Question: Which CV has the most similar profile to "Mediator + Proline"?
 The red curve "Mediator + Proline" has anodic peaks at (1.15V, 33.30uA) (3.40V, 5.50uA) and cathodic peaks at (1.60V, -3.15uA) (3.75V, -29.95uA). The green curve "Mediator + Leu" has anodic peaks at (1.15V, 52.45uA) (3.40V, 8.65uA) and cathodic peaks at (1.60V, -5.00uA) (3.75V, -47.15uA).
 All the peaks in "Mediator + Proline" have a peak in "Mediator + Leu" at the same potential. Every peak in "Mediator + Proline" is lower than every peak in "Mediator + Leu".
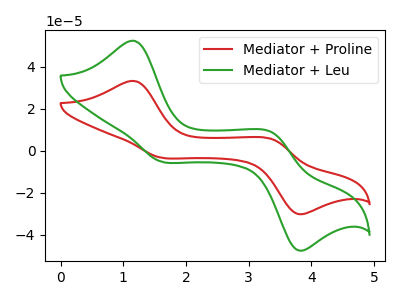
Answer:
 <answer>The CV with the most similar shape to "Mediator + Leu" is "Mediator + Proline".</answer>
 <eval>"Mediator + Proline"</eval>